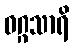
ဝဂ္ဂသာရိ